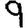
Digit: 9